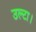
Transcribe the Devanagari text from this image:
उल्टा।